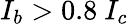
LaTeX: I_{b}>0.8~I_{c}